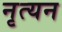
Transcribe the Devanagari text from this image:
नृत्यन